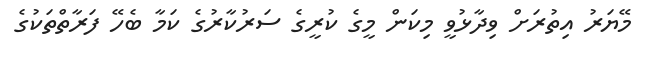
މޭޔަރު އިތުރަށް ވިދާޅުވީ މިކަން މީގެ ކުރީގެ ސަރުކާރުގެ ކަމާ ބެހޭ ފަރާތްތަކުގެ